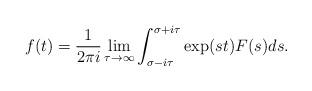
LaTeX: \begin{align*}f(t) = \frac{1}{2 \pi i} \lim_{\tau \rightarrow \infty} \int_{\sigma - i \tau}^{\sigma+i \tau} \exp(st) F(s) ds.\end{align*}